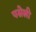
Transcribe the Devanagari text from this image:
पसेली